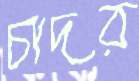
চাদর